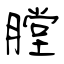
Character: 膛